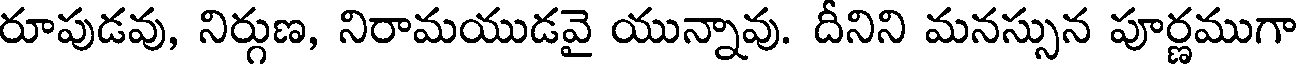
రూపుడవు, నిర్గుణ, నిరామయుడవై యున్నావు. దీనిని మనస్సున పూర్ణముగా